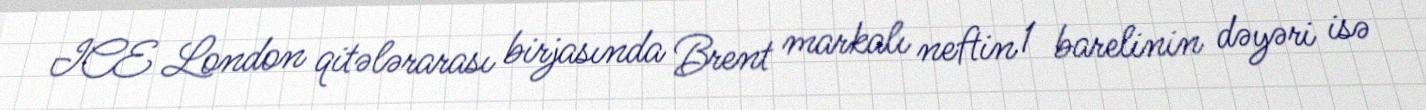
ICE London qitələrarası birjasında Brent markalı neftin 1 barelinin dəyəri isə